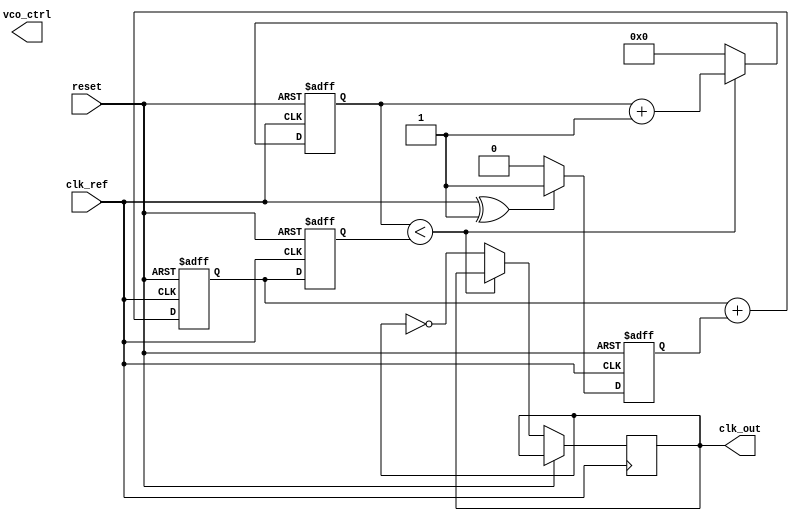
module low_jitter_PLL (
    input wire clk_ref,      // Reference clock input
    input wire reset,        // Reset signal
    output wire clk_out,     // Output clock
    output wire [7:0] vco_ctrl // Control voltage (for simulation purpose)
);

// Parameters
parameter N = 4;            // Divider factor
parameter VCO_MAX_FREQ = 100_000_000; // Maximum VCO frequency
parameter VCO_MIN_FREQ = 10_000_000;   // Minimum VCO frequency

// Internal signals
wire phase_error;            // Phase error from PD
wire charge_pump_output;     // Output from Charge Pump
wire [7:0] loop_filter_output; // Output from Loop Filter
reg [7:0] vco_control;       // VCO control voltage
reg [N-1:0] vco_counter;     // Counter for VCO
wire vco_clk;                // VCO output clock

// Phase Detector (PD) - Simplified binary phase detector
assign phase_error = clk_ref ^ vco_clk; // XOR phase detector output

// Charge Pump (CP)
always @(posedge clk_ref or posedge reset) begin
    if (reset) begin
        charge_pump_output <= 1'b0;
    end else begin
        if (phase_error) begin
            charge_pump_output <= 1'b1; // Charge
        end else begin
            charge_pump_output <= 1'b0; // Discharge
        end
    end
end

// Loop Filter (LF) - Simple first-order filter
always @(posedge clk_ref or posedge reset) begin
    if (reset) begin
        loop_filter_output <= 8'b0;
    end else begin
        loop_filter_output <= loop_filter_output + charge_pump_output; // Integrate
    end
end

// Voltage-Controlled Oscillator (VCO)
always @(posedge clk_ref or posedge reset) begin
    if (reset) begin
        vco_counter <= 0;
        vco_control <= 8'b0;
    end else begin
        vco_control <= loop_filter_output; // Control the VCO
        if (vco_counter < vco_control) begin
            vco_counter <= vco_counter + 1;
        end else begin
            vco_counter <= 0;
            clk_out <= ~clk_out; // Toggle the output clock
        end
    end
end

// Frequency Divider
reg [N-1:0] divider_counter;
always @(posedge clk_out or posedge reset) begin
    if (reset) begin
        divider_counter <= 0;
    end else begin
        if (divider_counter == N-1) begin
            divider_counter <= 0; // Reset counter
        end else begin
            divider_counter <= divider_counter + 1; // Increment counter
        end
    end
end

endmodule